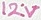
Text: 12V